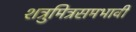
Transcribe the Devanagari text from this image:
शत्रुमित्रसमभावी